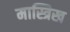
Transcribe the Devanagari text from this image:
मास्त्रिख